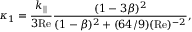
\kappa _ { 1 } = \frac { k _ { | | } } { 3 \mathrm { R e } } \frac { ( 1 - 3 \beta ) ^ { 2 } } { ( 1 - \beta ) ^ { 2 } + ( 6 4 / 9 ) ( \mathrm { R e } ) ^ { - 2 } } ,